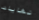
نهايات